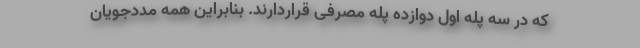
که در سه پله اول دوازده پله مصرفی قراردارند. بنابراین همه مددجویان